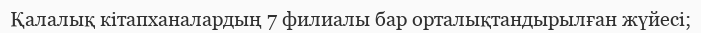
Қалалық кітапханалардың 7 филиалы бар орталықтандырылған жүйесі;